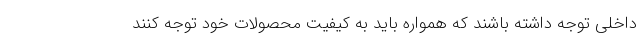
داخلی توجه داشته باشند که همواره باید به کیفیت محصولات خود توجه کنند